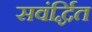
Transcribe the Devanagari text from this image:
सवंर्द्धित